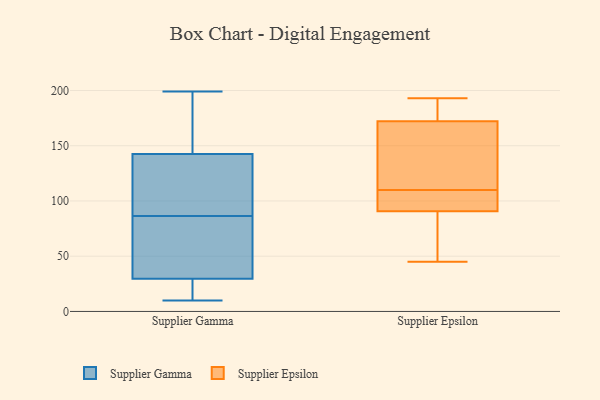
{"axis": {"x": "Bounce Rate (%)", "y": "Value"}, "legend": ["Supplier Epsilon", "Supplier Gamma"], "data": [{"x": "", "y": 31, "type": "Supplier Gamma"}, {"x": "", "y": 182, "type": "Supplier Gamma"}, {"x": "", "y": 28, "type": "Supplier Gamma"}, {"x": "", "y": 76, "type": "Supplier Gamma"}, {"x": "", "y": 16, "type": "Supplier Gamma"}, {"x": "", "y": 94, "type": "Supplier Gamma"}, {"x": "", "y": 10, "type": "Supplier Gamma"}, {"x": "", "y": 128, "type": "Supplier Gamma"}, {"x": "", "y": 21, "type": "Supplier Gamma"}, {"x": "", "y": 199, "type": "Supplier Gamma"}, {"x": "", "y": 15, "type": "Supplier Gamma"}, {"x": "", "y": 199, "type": "Supplier Gamma"}, {"x": "", "y": 79, "type": "Supplier Gamma"}, {"x": "", "y": 82, "type": "Supplier Gamma"}, {"x": "", "y": 153, "type": "Supplier Gamma"}, {"x": "", "y": 183, "type": "Supplier Gamma"}, {"x": "", "y": 127, "type": "Supplier Gamma"}, {"x": "", "y": 132, "type": "Supplier Gamma"}, {"x": "", "y": 91, "type": "Supplier Gamma"}, {"x": "", "y": 53, "type": "Supplier Gamma"}, {"x": "", "y": 105, "type": "Supplier Epsilon"}, {"x": "", "y": 156, "type": "Supplier Epsilon"}, {"x": "", "y": 109, "type": "Supplier Epsilon"}, {"x": "", "y": 140, "type": "Supplier Epsilon"}, {"x": "", "y": 45, "type": "Supplier Epsilon"}, {"x": "", "y": 190, "type": "Supplier Epsilon"}, {"x": "", "y": 190, "type": "Supplier Epsilon"}, {"x": "", "y": 58, "type": "Supplier Epsilon"}, {"x": "", "y": 92, "type": "Supplier Epsilon"}, {"x": "", "y": 176, "type": "Supplier Epsilon"}, {"x": "", "y": 109, "type": "Supplier Epsilon"}, {"x": "", "y": 193, "type": "Supplier Epsilon"}, {"x": "", "y": 171, "type": "Supplier Epsilon"}, {"x": "", "y": 84, "type": "Supplier Epsilon"}, {"x": "", "y": 110, "type": "Supplier Epsilon"}, {"x": "", "y": 152, "type": "Supplier Epsilon"}, {"x": "", "y": 87, "type": "Supplier Epsilon"}]}